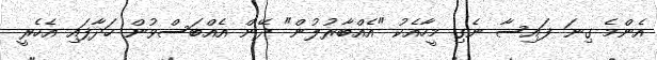
އެންމެ ގިނަ ފައިސާ ނެގި މީހާއެކު "އެއްބާރުލުން" ދޭން އެއްބަސްވުން ހަދާފައި އެހެރީ